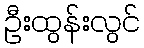
ဦးထွန်းလွင်